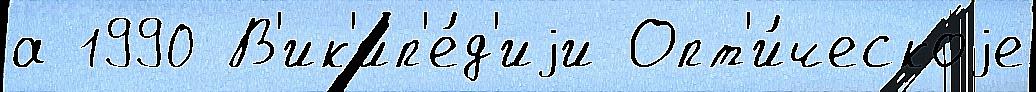
а 1990 В'ик'ип'е́д'иjи Опт'и́ческоjе